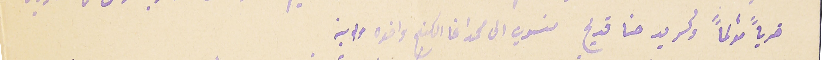
ضرباً مؤلماً وكسر يد حنا قديج منسوب الى محمد اغا الكنج واخوه وابنه